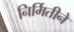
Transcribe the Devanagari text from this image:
निर्मितीने